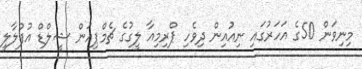
މިނިވަން 50ގެ އަހަރުގައި ނިއުއިން ދިވެހި ޕްރިމިއާ ލީގުގެ ޗެމްޕިއަން ޝީލްޑް އުފުލާލީ